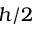
h / 2